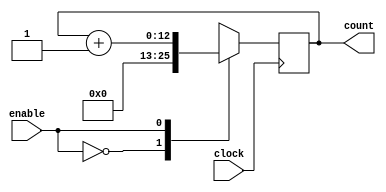
module counter(input clock
             , input enable
             , output reg [12:0] count);

always@(posedge clock)
begin
    case(enable)
        1'b0: count <= 0;
        1'b1: count <= count+1;
    endcase
end

endmodule